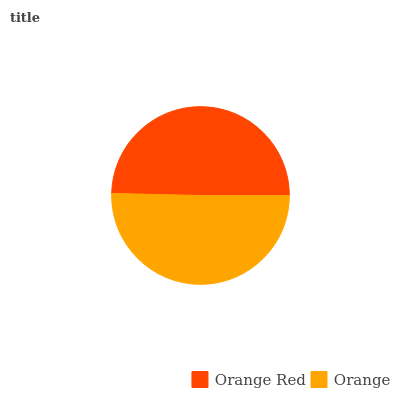
| Orange Red | Orange |
 | --- | --- |
 | 49.7% | 50.3% |